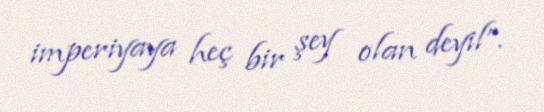
imperiyaya heç bir şey olan deyil”.